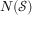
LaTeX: N ( { \mathcal { S } } )